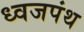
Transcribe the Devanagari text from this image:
ध्वजपंथ